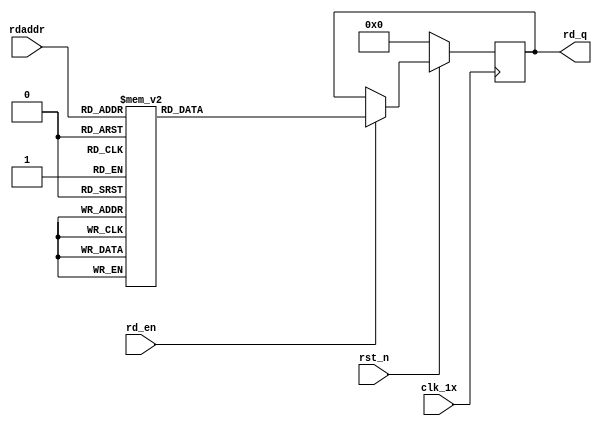
`timescale 1ns / 1ps
module F_short_t12_next_Rom0(
input	          							clk_1x,
input	          							rst_n,
//////////////////////////////////////////////////////////////
input										rd_en,
input				[4:0]				rdaddr,
output		reg			[167:0]				rd_q
);

always @(posedge clk_1x)begin
	if(~rst_n)begin
		rd_q <= 168'b0;
	end
	else if(rd_en == 1'b1)begin
		case(rdaddr)
			5'h14: rd_q <= 168'b101001011010000010011000100010111110101111100111111100010100101010010110000010011100010111000100101100110100011001001101100101100001100101010111110110110100011000000010;
			5'h13: rd_q <= 168'b100001001010000110010101110110110000101111100100000010100011100011111010001001010000011000111011000000101101110111100101010100010011000011101011010110001001010110111100;
			5'h12: rd_q <= 168'b101010100101001100110100010100101101000100001101010101011101111001010011001000110011001010110000111001101110101011000110110001101001100100111000111100110111000011000111;
			5'h11: rd_q <= 168'b011100101001010111110011100010001101101100011101001001101001000100100110110000010001100001100001000101010000101110101110000111000101100110100101101011101110111000000101;
			5'h10: rd_q <= 168'b000000010011100111010100110000101001111100001100110100101100010000000100000010101101001010010011111010000111001110000111001101010011000001101011000010100001100001100010;
			5'h0f: rd_q <= 168'b010110100001110111111110011110111010011001111101000101001010011000001100001110000101001101111011100100111011001000101000101000110000000001101011101001000111000001100001;
			5'h0e: rd_q <= 168'b100111000100000011110101101100110101111101001100011111100100110100000110110110101110100111111011110111101001000000011011100111100110001111010000101011000011011110001110;
			5'h0d: rd_q <= 168'b111001001110001100000001100011001010000011000111000110111111011110111100001000101010110001001110101100000000010000011001101011101010000000011010111111001001011011011100;
			5'h0c: rd_q <= 168'b011101000010101110000100001010100110001001001011100000110111001011100100111010100110001101001101010101010110110011100111000000101111010100000001110000101110000001000111;
			5'h0b: rd_q <= 168'b110101111110101100010011101100110100100001001001100100010000110100011100011111110001010011110100010110111111111001100101101010111000010010011110010011001001100110010111;
			5'h0a: rd_q <= 168'b011001100101110001011000101111100100011111111000100111000111110010100111010011110111110011111111110001111101111001110011000011011111011110010010111100110011100100101100;
			5'h09: rd_q <= 168'b010010010111010100001110010000001101011100101001101111101000111010011000101100100100011101010100010111101010001001100111101111110001001100101001010001110101011010101000;
			5'h08: rd_q <= 168'b101011111011001111100100000011010001010110001110101001111110000010110001111100011110101111011111101011000010110010001011001010001100011111010001100011111011010100110100;
			5'h07: rd_q <= 168'b100010010100101000001001100010010100001101010100101111000011010110000111100010100000101101110000011001011010000111000000000101000000011100001111010000101100001000000111;
			5'h06: rd_q <= 168'b100001011100011000111110011110110001111010011011011101101001011100010000000110001001011001111110001111110110110110001110010001111001111011000111101011111011101010110100;
			5'h05: rd_q <= 168'b001011001100000011100100110110001101111010111000010110001010111001100110001000100010011111001001011101110111010011001100100001110111000100000001100011111010010000001010;
			5'h04: rd_q <= 168'b000000101011101001000010100001101111011101110001001001111001110110000100001111100000010100110000110110111011101001101101111110101101111100010100010111101110001010111100;
			5'h03: rd_q <= 168'b101010101101010100101111100001011000110011110001110000001111001111110110010111010010100110110011111011010011001110100001010011100011001011010111000011000111011010110000;
			5'h02: rd_q <= 168'b011011111010011010101100010110011111011111111010000010110001111001001111101100011111011000000010010100001111011101001111101111010000011111100110001101110001011000110111;
			5'h01: rd_q <= 168'b010011111000110000110011001000110101011110111110110100111011010000010001100111101100001101101100000111010000010011101001010000100110011101000100011111011001001100100011;
			5'h00: rd_q <= 168'b010010101000000100011101011110000111001001000001101010001110011011101111011100001010001001110111010101101101001100101000100010000010100011101110011000010000001110010110;
		default:rd_q <= 168'b0;
		endcase
	end
end

endmodule